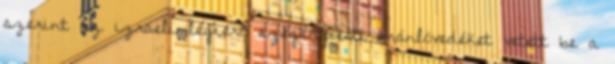
szerint az izraeli légierő szegényített uránlövedéket vetett be a